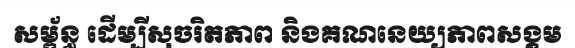
សម្ព័ន្ធ ដើម្បីសុចរិតភាព និងគណនេយ្យភាពសង្គម